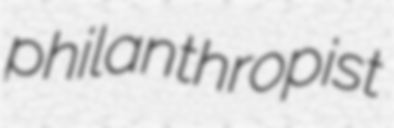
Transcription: philanthropist